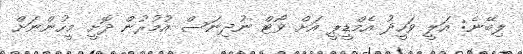
ލިބޭނެ: އަލީ ވަހީދު އެމްޑީޕީ އަށް ވޯޓް ނުދިނަސް އުމުރުން ދޮށީ މީހުންނަށް